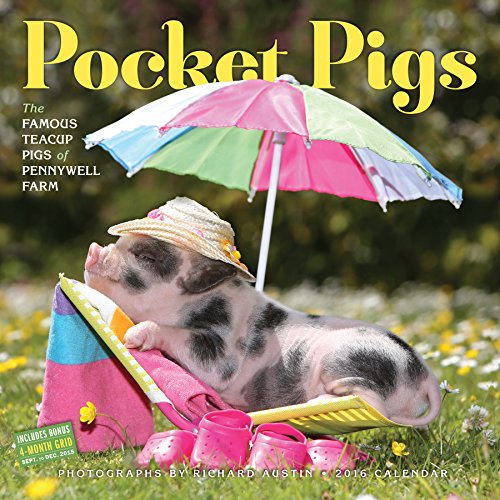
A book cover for Pocket Pigs Wall Calendar 2016: The Famous Teacup Pigs of Pennywell Farm; Calendars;